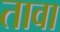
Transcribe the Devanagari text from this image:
तावा